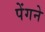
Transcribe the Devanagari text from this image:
पेंगने